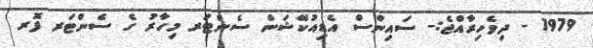
1979 - ދިވެހިރާއްޖެ:- ސައިންސް އެޑިއުކޭޝަން ސެންޓަރ މިހާރު ގެ ސެންޓަރ ފޮރ